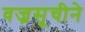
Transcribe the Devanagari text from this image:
वज्रसूचीने